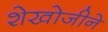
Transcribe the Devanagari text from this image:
शेखोजीने